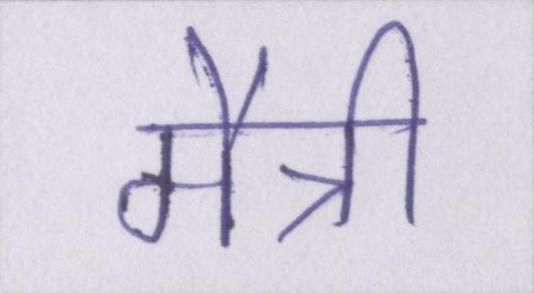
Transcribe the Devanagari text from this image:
मैत्री